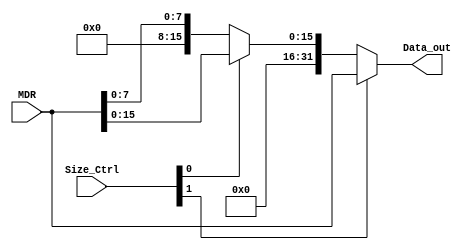
module SetSizeReg(

    input  wire [1:0] Size_Ctrl,
    input  wire [31:0] MDR,
    output wire [31:0] Data_out 
);
   
  
//	00 = byte 
//  01 = halfword  
//  10 = word
	
    wire [31:0] byte_half; 

    assign byte_half = (Size_Ctrl[0]) ? {16'd0, MDR[15:0]} : {24'd0, MDR[7:0]};
    assign Data_out = (Size_Ctrl[1]) ? MDR : byte_half;

endmodule